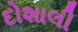
દોશાલી